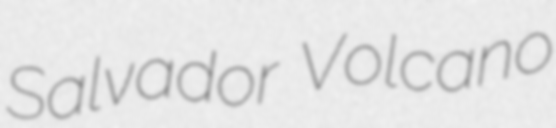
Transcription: Salvador Volcano